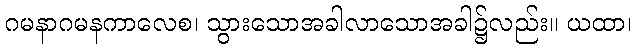
ဂမနာဂမနကာလေစ၊ သွားသောအခါလာသောအခါ၌လည်း။ ယထာ၊